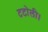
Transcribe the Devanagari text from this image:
टटोली।